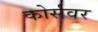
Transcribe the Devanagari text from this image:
कोर्सवर